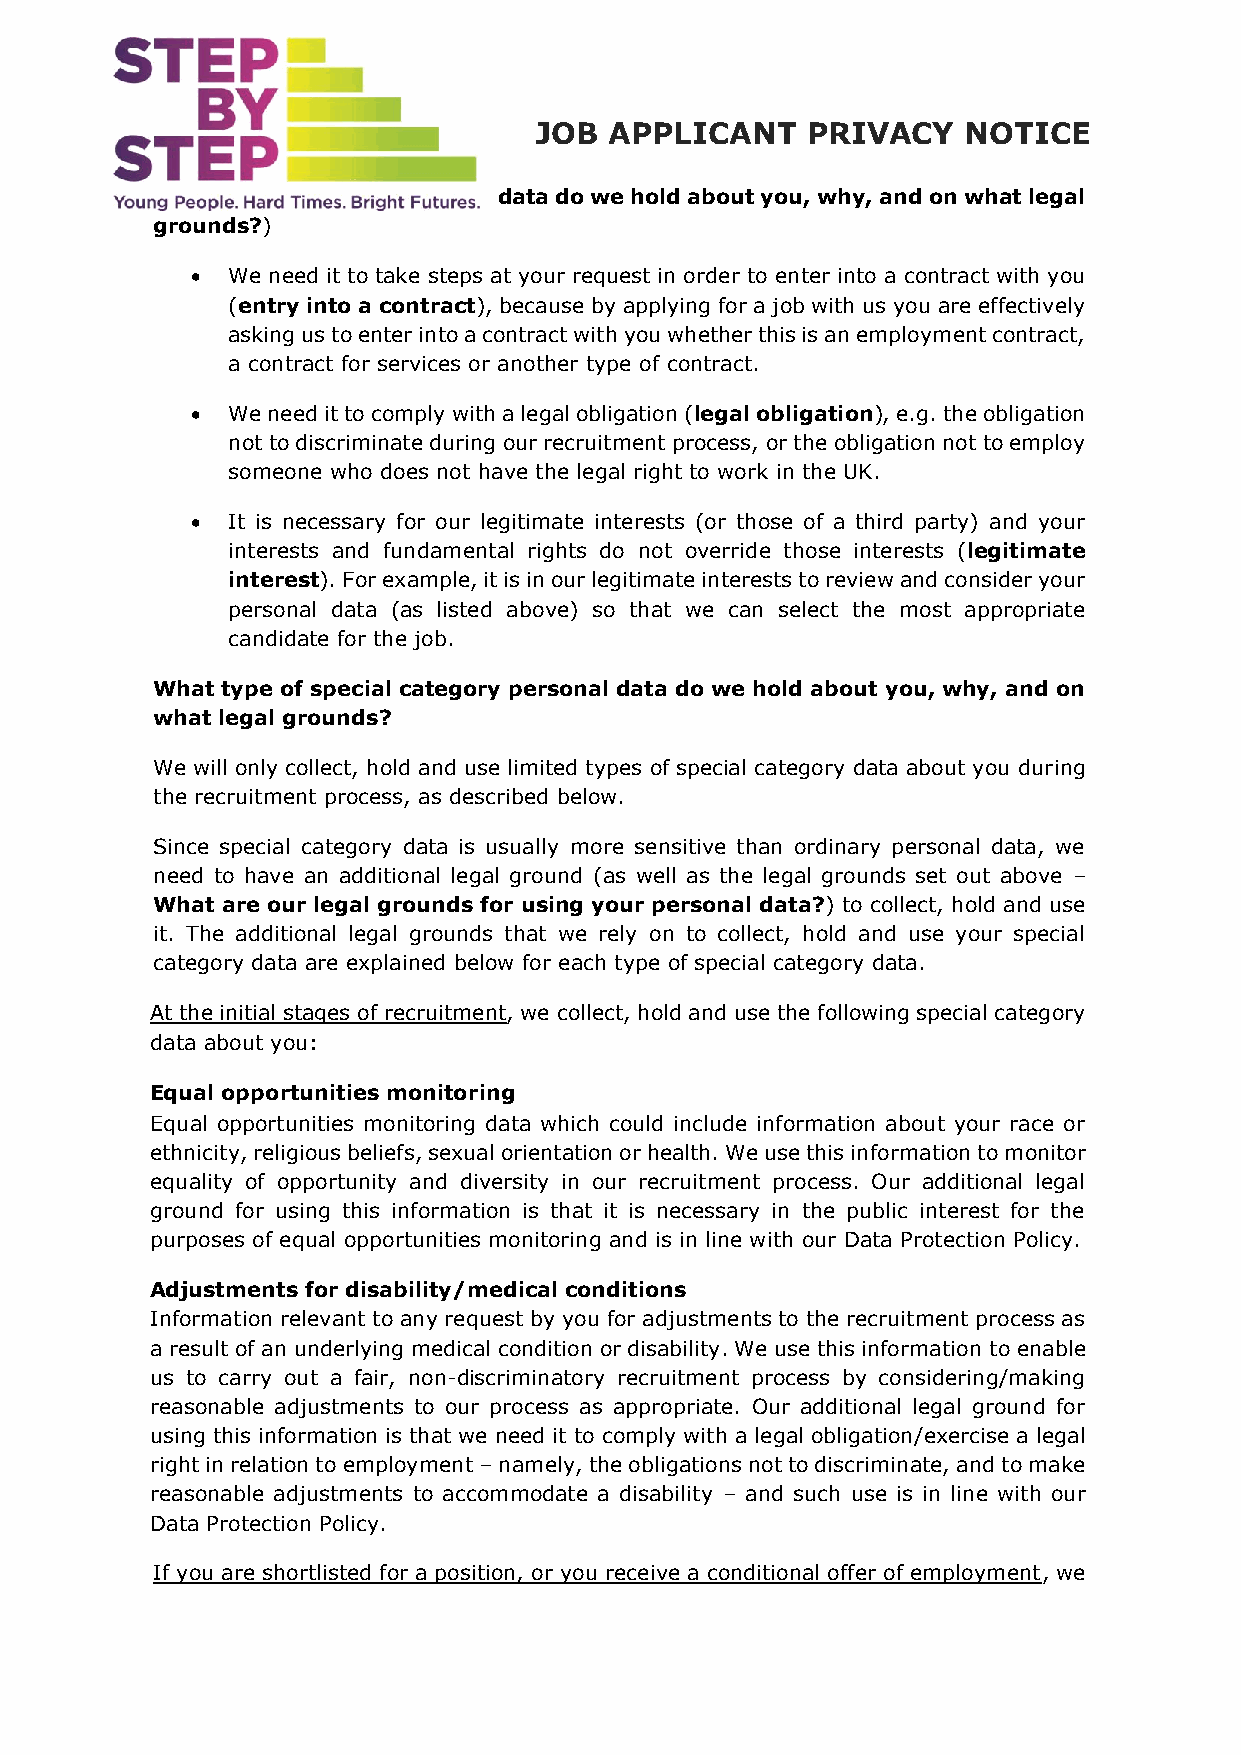
JOB  APPLICANT    PRIVACY    NOTICE
 data do we hold about you, why, and on what legal
 grounds?)
 • We need it to take steps at your request in order to enter into a contract with you
 (entry into a contract), because by applying for a job with us you are effectively
 asking us to enter into a contract with you whether this is an employment contract,
 a contract for services or another type of contract.
 • We need it to comply with a legal obligation (legal obligation), e.g. the obligation
 not to discriminate during our recruitment process, or the obligation not to employ
 someone who does not have the legal right to work in the UK.
 • It is necessary for our legitimate interests (or those of a third party) and your
 interests and fundamental rights do not override those interests (legitimate
 interest). For example, it is in our legitimate interests to review and consider your
 personal data (as listed above) so that we can select the most appropriate
 candidate for the job.
 What type of special category personal data do we hold about you, why, and on
 what legal grounds?
 We will only collect, hold and use limited types of special category data about you during
 the recruitment process, as described below.
 Since special category data is usually more sensitive than ordinary personal data, we
 need to have an additional legal ground (as well as the legal grounds set out above –
 What are our legal grounds for using your personal data?) to collect, hold and use
 it. The additional legal grounds that we rely on to collect, hold and use your special
 category data are explained below for each type of special category data.
 At the initial stages of recruitment, we collect, hold and use the following special category
 data about you:
 Equal opportunities monitoring
 Equal opportunities monitoring data which could include information about your race or
 ethnicity, religious beliefs, sexual orientation or health. We use this information to monitor
 equality of opportunity and diversity in our recruitment process. Our additional legal
 ground for using this information is that it is necessary in the public interest for the
 purposes of equal opportunities monitoring and is in line with our Data Protection Policy.
 Adjustments for disability/medical conditions
 Information relevant to any request by you for adjustments to the recruitment process as
 a result of an underlying medical condition or disability. We use this information to enable
 us to carry out a fair, non-discriminatory recruitment process by considering/making
 reasonable adjustments to our process as appropriate. Our additional legal ground for
 using this information is that we need it to comply with a legal obligation/exercise a legal
 right in relation to employment – namely, the obligations not to discriminate, and to make
 reasonable adjustments to accommodate a disability – and such use is in line with our
 Data Protection Policy.
 If you are shortlisted for a position, or you receive a conditional offer of employment, we